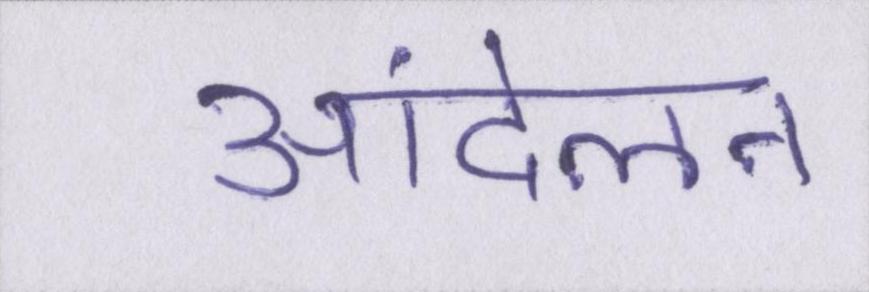
आंदेलन